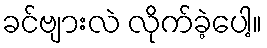
ခင်ဗျားလဲ လိုက်ခဲ့ပေါ့။